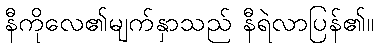
နီကိုလေ၏မျက်နှာသည် နီရဲလာပြန်၏။